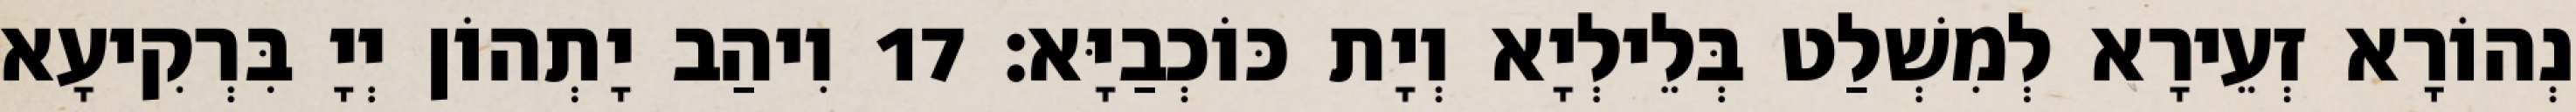
נְהוֹרָא זְעֵירָא לְמִשְׁלַט בְּלֵילְיָא וְיָת כּוֹכְבַיָּא׃ 17 וִיהַב יָתְהוֹן יְיָ בִּרְקִיעָא